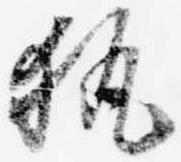
執